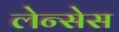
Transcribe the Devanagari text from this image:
लेन्सेस